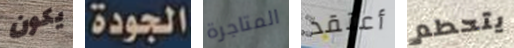
يكون الجودة المتاجرة أعتقد يتحطم